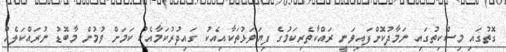
ގޮތުގައި މިސްކިތުގައި ނަމާދުކޮށްފައިވަނީ ރައްކާތެރިކަމުގެ ފިޔަވަޅުތަކާއިއެކު ގައިދުރުކަމާއެކު ކަމަށް ވުމުން މާބޮޑު ނުރައްކަލެއް